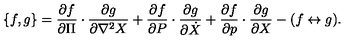
\{ f , g \} = { \frac { \partial f } { \partial \Pi } } \cdot { \frac { \partial g } { \partial \nabla ^ { 2 } X } } + { \frac { \partial f } { \partial P } } \cdot { \frac { \partial g } { \partial \dot { X } } } + { \frac { \partial f } { \partial p } } \cdot { \frac { \partial g } { \partial X } } - ( f \leftrightarrow g ) .